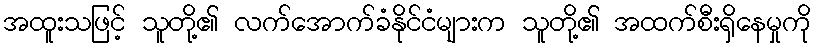
အထူးသဖြင့် သူတို့၏ လက်အောက်ခံနိုင်ငံများက သူတို့၏ အထက်စီးရှိနေမှုကို